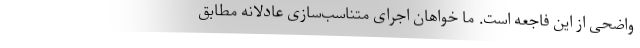
واضحی از این فاجعه است. ما خواهان اجرای متناسب‌سازی عادلانه مطابق